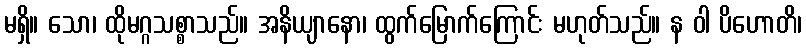
မရှိ။ သော၊ ထိုမဂ္ဂသစ္စာသည်။ အနိယျာနော၊ ထွက်မြောက်ကြောင်း မဟုတ်သည်။ န ဝါ ပိဟောတိ၊